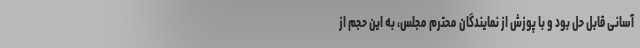
آسانی قابل حل بود و با پوزش از نمایندگان محترم مجلس، به این حجم از